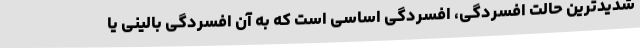
شدیدترین حالت افسردگی، افسردگی اساسی است که به آن افسردگی بالینی یا